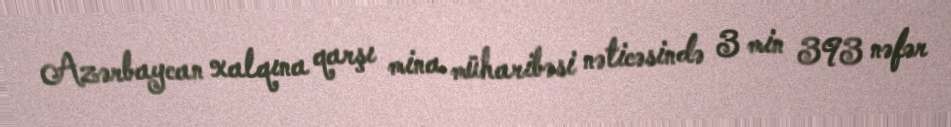
Azərbaycan xalqına qarşı mina müharibəsi nəticəsində 3 min 393 nəfər